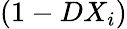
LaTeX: (1-DX_{i})